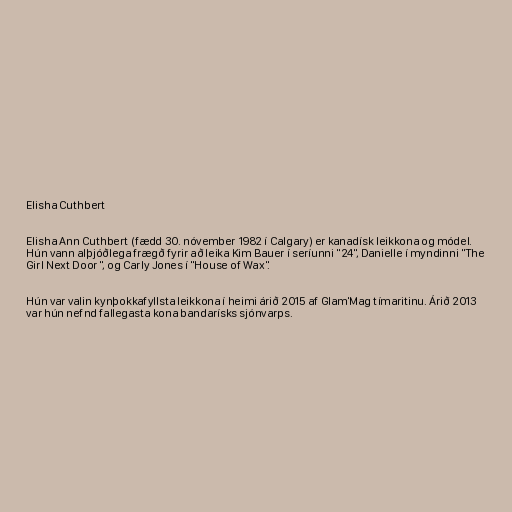
Elisha Cuthbert

Elisha Ann Cuthbert (fædd 30. nóvember 1982 í Calgary) er kanadísk leikkona og módel.
Hún vann alþjóðlega frægð fyrir að leika Kim Bauer í seríunni "24", Danielle í myndinni "The
Girl Next Door ", og Carly Jones í "House of Wax".

Hún var valin kynþokkafyllsta leikkona í heimi árið 2015 af Glam'Mag tímaritinu. Árið 2013
var hún nefnd fallegasta kona bandarísks sjónvarps.